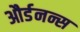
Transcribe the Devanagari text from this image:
और्डनन्स